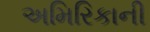
અમિરિકાની